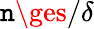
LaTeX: \mathtt{n}\ges/\delta